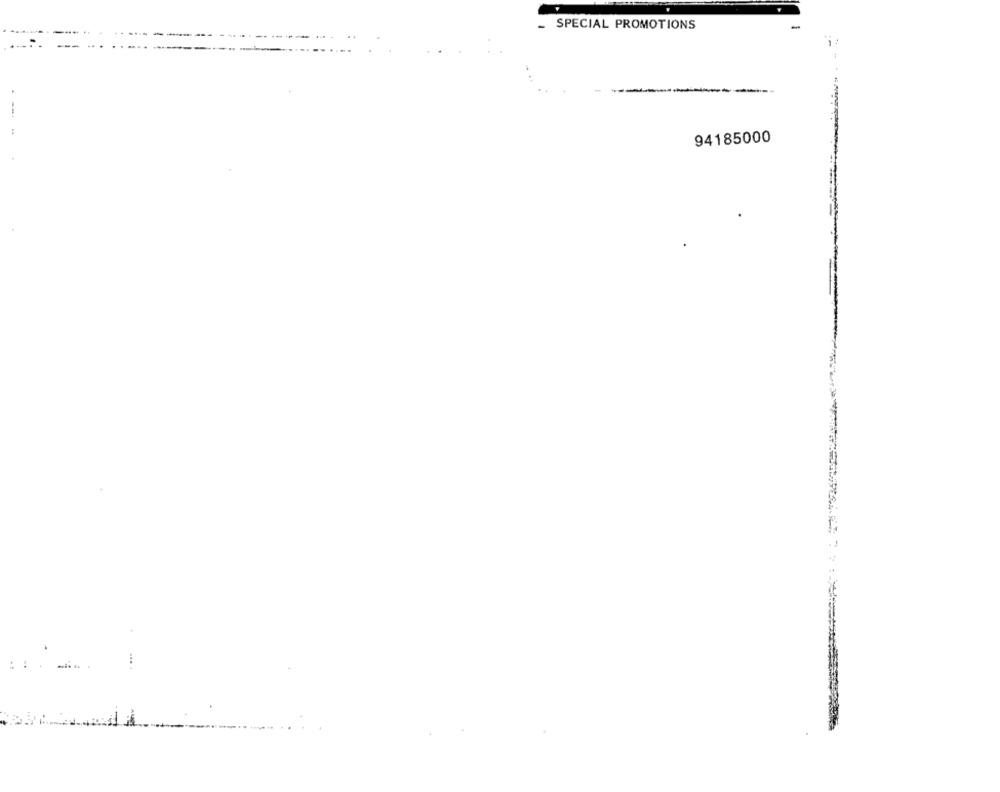
- SPECIAL PROMOTIONS
94185000
: